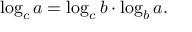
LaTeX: \log _ { c } a = \log _ { c } b \cdot \log _ { b } a .